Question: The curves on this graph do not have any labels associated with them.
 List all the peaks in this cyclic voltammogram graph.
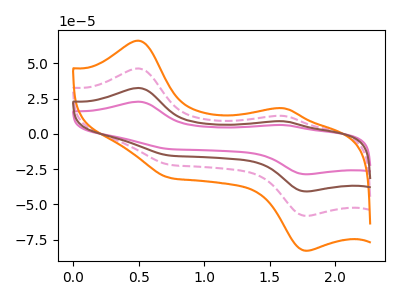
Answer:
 <answer>The pink curve "pink" has anodic peaks at (0.50V, 139.00uA) (1.60V, 38.00uA) and cathodic peaks at (1.75V, -174.30uA) (0.75V, -65.45uA). The pink dashed curve "pink dashed" has anodic peaks at (0.50V, 46.35uA) (1.60V, 12.65uA) and cathodic peaks at (1.75V, -58.10uA) (0.75V, -21.80uA). The orange curve "orange" has anodic peaks at (0.50V, 66.00uA) (1.60V, 18.05uA) and cathodic peaks at (1.75V, -82.80uA) (0.75V, -31.10uA). The brown curve "brown" has anodic peaks at (0.50V, 92.65uA) (1.60V, 25.30uA) and cathodic peaks at (1.75V, -116.20uA) (0.75V, -43.65uA).</answer>
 <eval></eval>